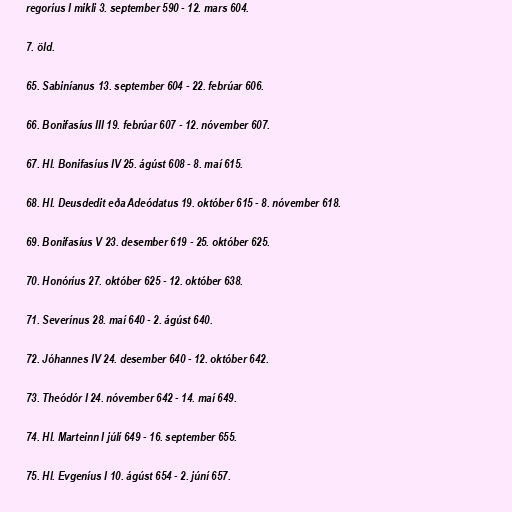
regoríus I mikli 3. september 590 - 12. mars 604.

7. öld.

65. Sabiníanus 13. september 604 - 22. febrúar 606.

66. Bonifasíus III 19. febrúar 607 - 12. nóvember 607.

67. Hl. Bonifasíus IV 25. ágúst 608 - 8. maí 615.

68. Hl. Deusdedit eða Adeódatus 19. október 615 - 8. nóvember 618.

69. Bonifasíus V 23. desember 619 - 25. október 625.

70. Honóríus 27. október 625 - 12. október 638.

71. Severínus 28. maí 640 - 2. ágúst 640.

72. Jóhannes IV 24. desember 640 - 12. október 642.

73. Theódór I 24. nóvember 642 - 14. maí 649.

74. Hl. Marteinn I júlí 649 - 16. september 655.

75. Hl. Evgeníus I 10. ágúst 654 - 2. júní 657.